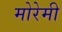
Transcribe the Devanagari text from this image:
मोरेमी